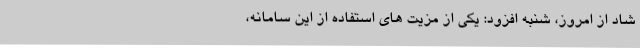
شاد از امروز، شنبه افزود: یکی از مزیت های استفاده از این سامانه،